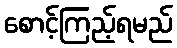
စောင့်ကြည့်ရမည်